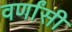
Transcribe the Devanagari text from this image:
वर्णांसी